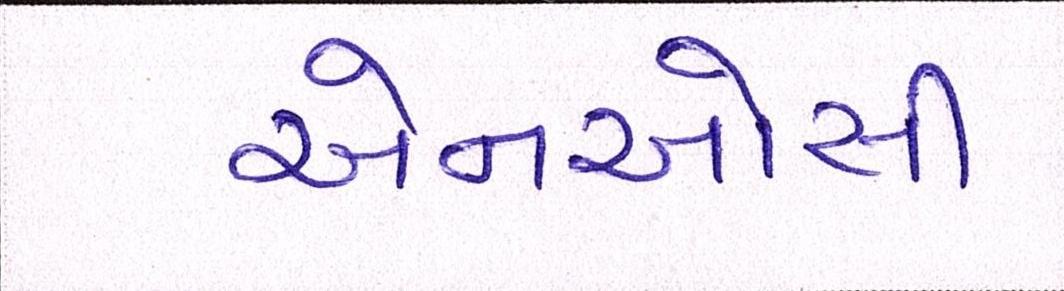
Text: એનઓસી